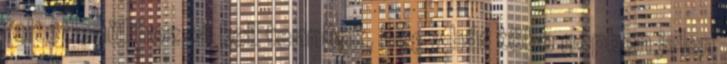
feltétlenül hozzá kell tennünk, hogy bár több népben jelen